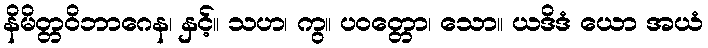
နိမိတ္တဝိဘာဂေန၊ နှင့်။ သဟ၊ ကွ။ ပဝတ္တော၊ သော။ ယဒိဒံ ယော အယံ